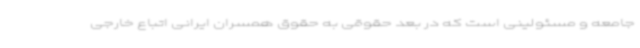
جامعه و مسئولینی است که در بعد حقوقی به حقوق همسران ایرانی اتباع خارجی